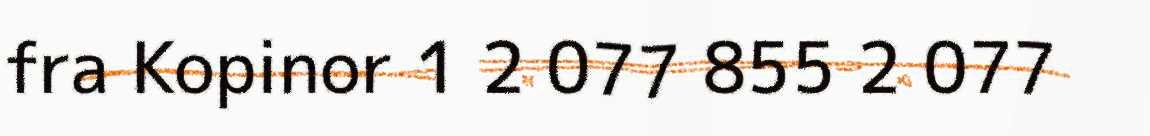
fra Kopinor 1 2 077 855 2 077